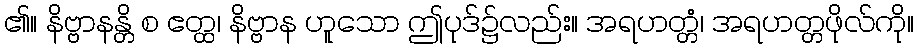
၏။ နိဗ္ဗာနန္တိ စ ဧတ္ထ၊ နိဗ္ဗာန ဟူသော ဤပုဒ်၌လည်း။ အရဟတ္တံ၊ အရဟတ္တဖိုလ်ကို။